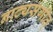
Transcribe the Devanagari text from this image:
नाट्यसंगीत्